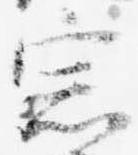
宗